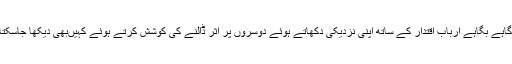
انھیںگاہے بگاہے ارباب اقتدار کے ساتھ اپنی نزدیکی دکھاتے ہوئے دوسروں پر اثر ڈالنے کی کوشش کرتے ہوئے کہیںبھی دیکھا جاسکتا ہے۔